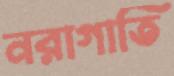
নরাগাতি